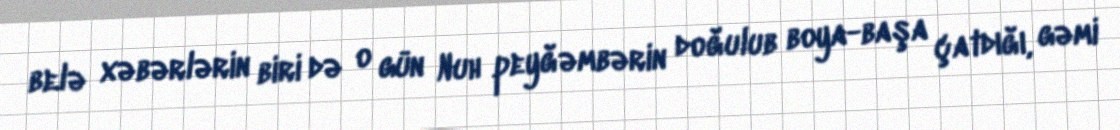
belə xəbərlərin biri də o gün Nuh peyğəmbərin doğulub boya-başa çatdığı, gəmi